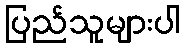
ပြည်သူများပါ